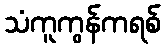
သံကူကွန်ကရစ်